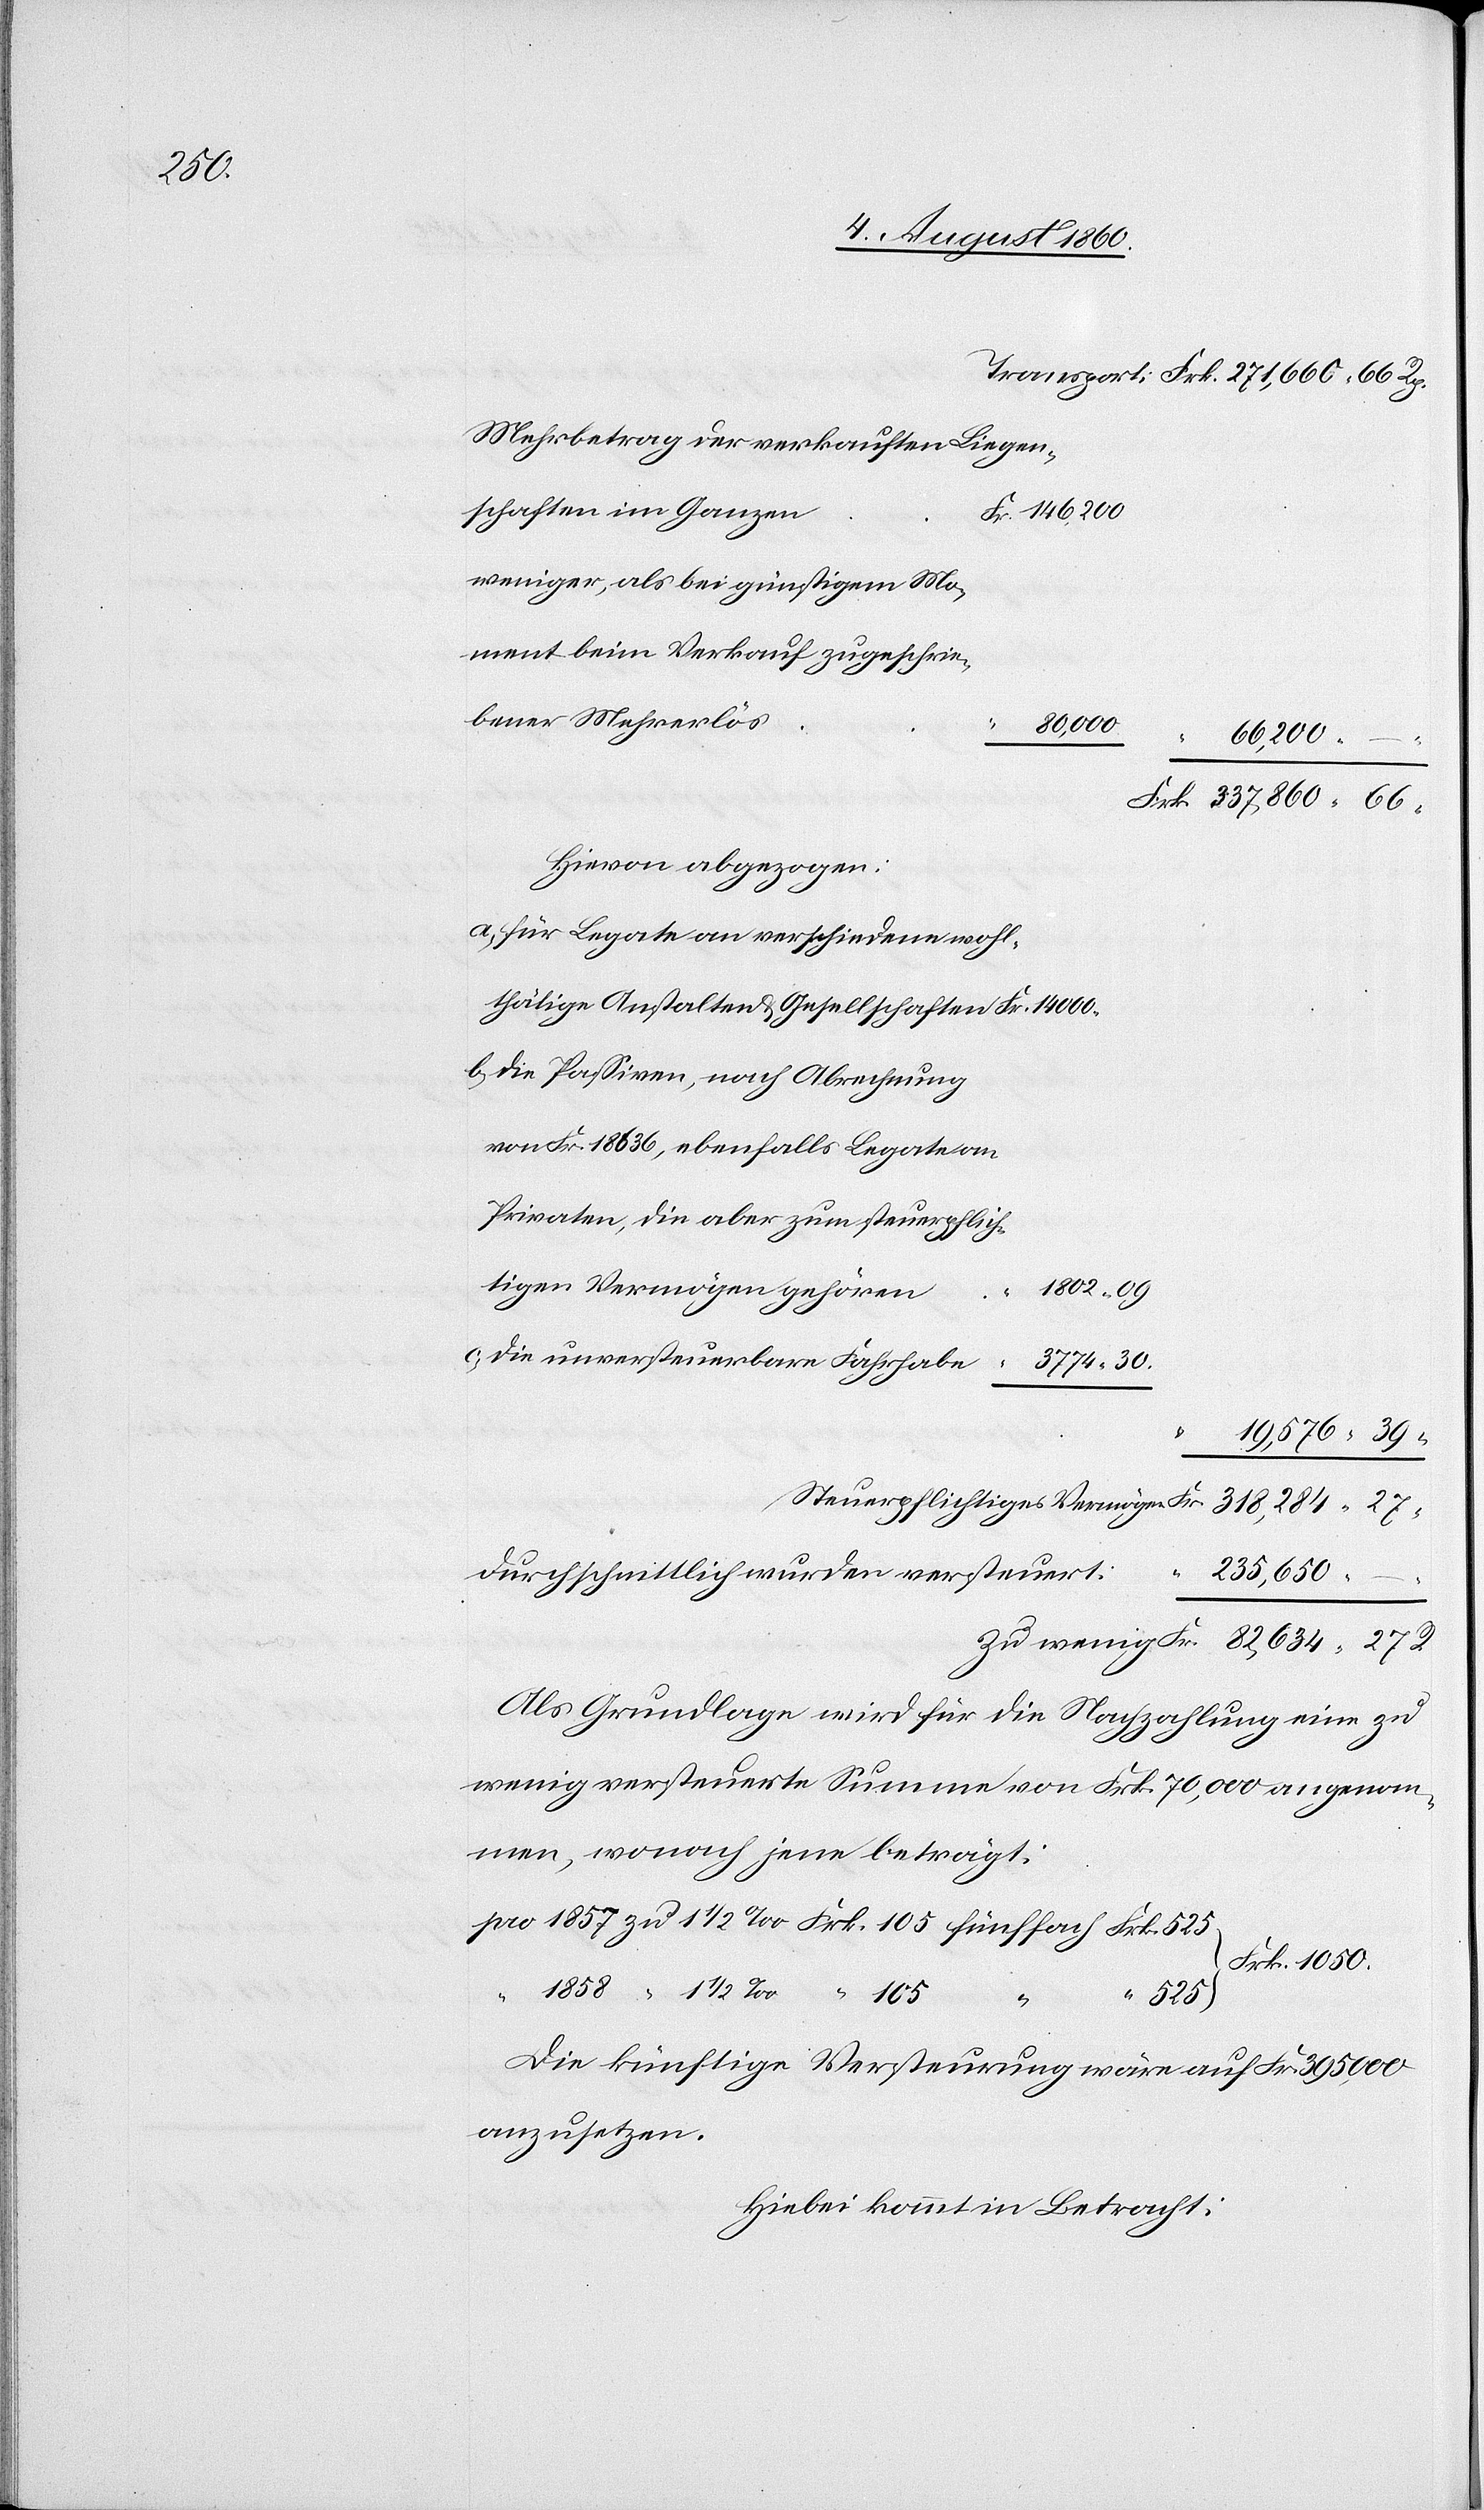
1/2

Mehrbetrag der verkauften Liegen¬
schaften im Ganzen
weniger, als bei günstigem Mo¬
ment beim Verkauf zugeschrie¬
bener Mehrerlös
Frk.
14 000
erp¬
–
Hievon abgezogen:
a. für Legate an verschiedene wohl¬
b. die Passiven, nach Abrechnung
von fcs. 18 636, ebenfalls Legate an
Privaten, die aber zum steuerpflich¬
tigen Vermögen gehören
1802.
c. die unversteuerbare Fahrhabe
fcs
235,650.
durchschnittlich wurden versteuert
Als Grundlage wird für die Nachzahlung eine zu
wenig versteuerte Summe von fcs. 70,000 angenom¬
men, wonach jene beträgt:
39.
525.
“
“
die künftige Versteuerung wäre auf fcs. 395,000
anzusetzen.
Hiebei kommt in Betracht: